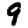
Digit: 9